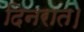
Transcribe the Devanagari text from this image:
दिनरात।